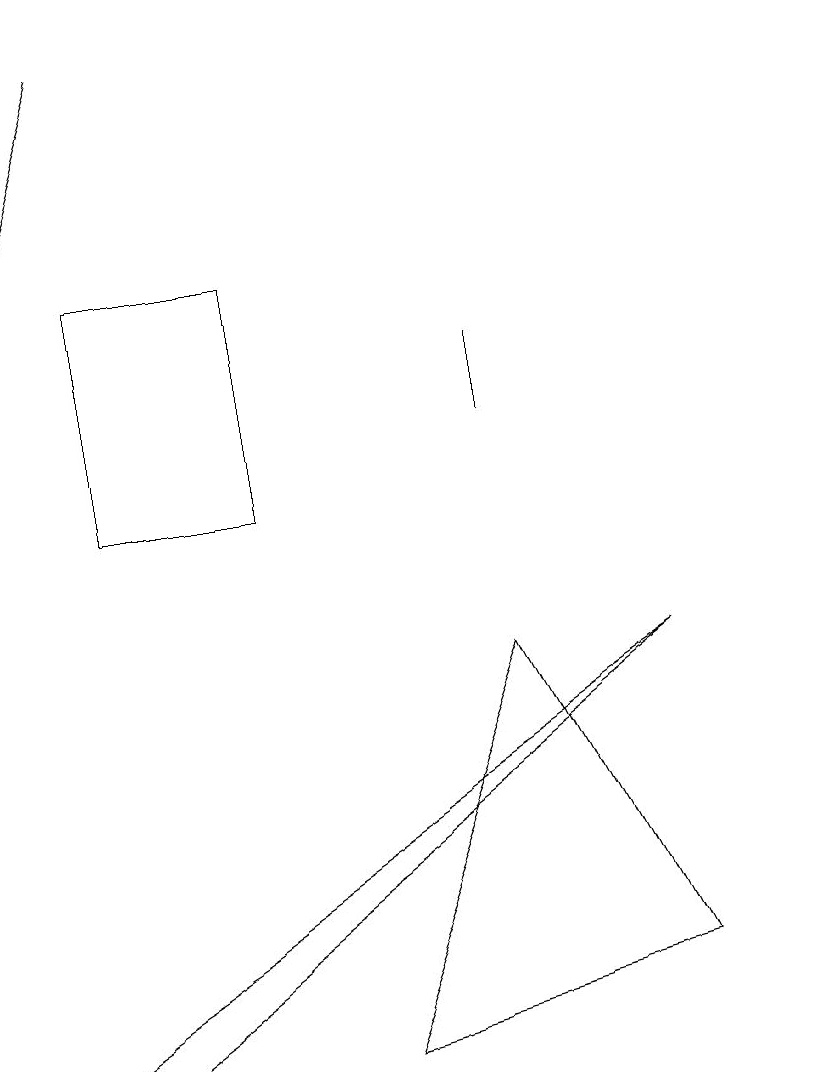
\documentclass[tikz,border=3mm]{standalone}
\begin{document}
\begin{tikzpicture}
\draw (4,14) rectangle (2,11);
\draw (11,11) circle (0);
\draw (7,12) rectangle (7,13);
\draw (1,4) -- (2,4) -- (9,9) -- cycle;
\draw (9,5) -- (5,4) -- (7,9) -- cycle;
\draw[->] (2,17) -- (1,14);
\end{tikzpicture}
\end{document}